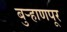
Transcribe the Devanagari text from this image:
बुर्‍हाणपूर